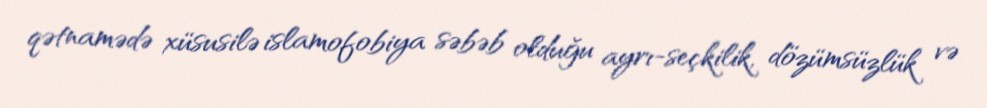
qətnamədə xüsusilə islamofobiya səbəb olduğu ayrı-seçkilik, dözümsüzlük və